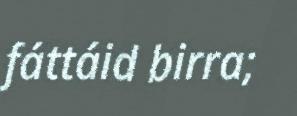
fáttáid birra;